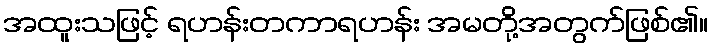
အထူးသဖြင့် ရဟန်းတကာရဟန်း အမတို့အတွက်ဖြစ်၏။